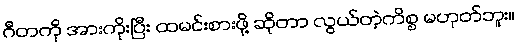
ဂီတကို အားကိုးပြီး ထမင်းစားဖို့ ဆိုတာ လွယ်တဲ့ကိစ္စ မဟုတ်ဘူး။